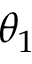
\theta _ { 1 }